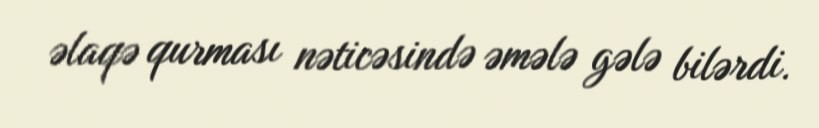
əlaqə qurması nəticəsində əmələ gələ bilərdi.